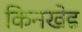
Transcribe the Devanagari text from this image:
किनखेड